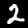
Digit: 2